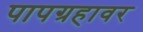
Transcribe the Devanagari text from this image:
पापग्रहावर